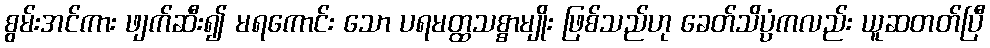
စွမ်းအင်ကား ဖျက်ဆီး၍ မရကောင်း သော ပရမတ္ထသစ္စာမျိုး ဖြစ်သည်ဟု ခေတ်သိပ္ပံကလည်း ယူဆတတ်ပြီ